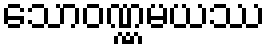
သောဝဏ္ဏမယဿ